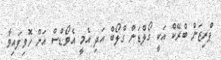
ޕްރިޒަން ބްރޭކް އަކީ ގޯލްޑަން ގްލޯބް އަދި އެމީ އެވޯޑްސް އަށް ހޮވިފައިވާ